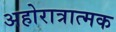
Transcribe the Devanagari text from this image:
अहोरात्रात्मक